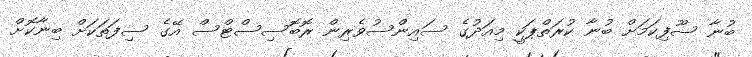
ބުނާ ސޫފިކަމަށް ބުނާ ކުރަތްޕަކީ މިއަދުގެ ސައިންސުވެރިން ރޮބޮސިސްޓްސް އޭގެ ސިފަތަކަށް ބިނާކޮށް